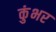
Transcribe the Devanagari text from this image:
कुंभर